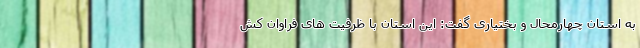
به استان چهارمحال و بختیاری گفت: این استان با ظرفیت های فراوان کش